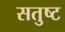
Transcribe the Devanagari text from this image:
सतुष्ट